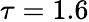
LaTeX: \tau=1.6